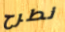
نطرح